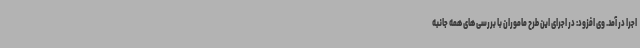
اجرا در آمد. وی افزود: در اجرای این طرح ماموران با بررسی های همه جانبه